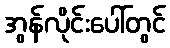
အွန်လိုင်းပေါ်တွင်